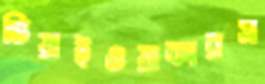
ভিয়াইওয়াকারস